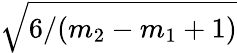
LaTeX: \sqrt{6/(m_{2}-m_{1}+1)}